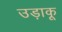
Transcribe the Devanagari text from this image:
उड़ाकू